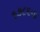
૧૭૮૬ના